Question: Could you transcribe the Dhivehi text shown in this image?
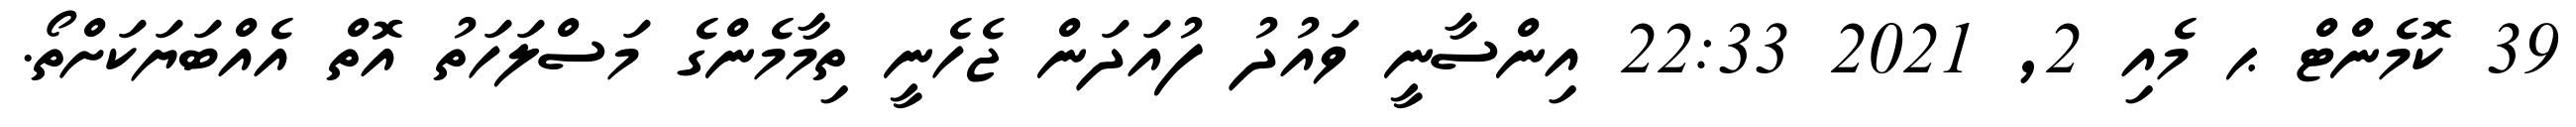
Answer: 39 ކޮމެންޓް ޙ މެއި 2, 2021 22:33 އިންސާނީ ވައުދު ފުއަދަން ޖެހެނީ ތިމާމެންގެ މަސްލަހަތު އޮތް އެއްބަޔަކަށްތޯ.